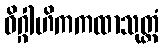
ဝိဂ္ဂါဟိကကထာသုတ္တံ